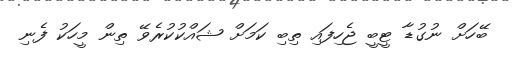
ބޭހަށް ނުގުޑާ ޓީބީ ޖެހިފައި ތިބި ކަމަށް ޝައްކުކުރެވޭ ތިން މީހަކު ފެނި